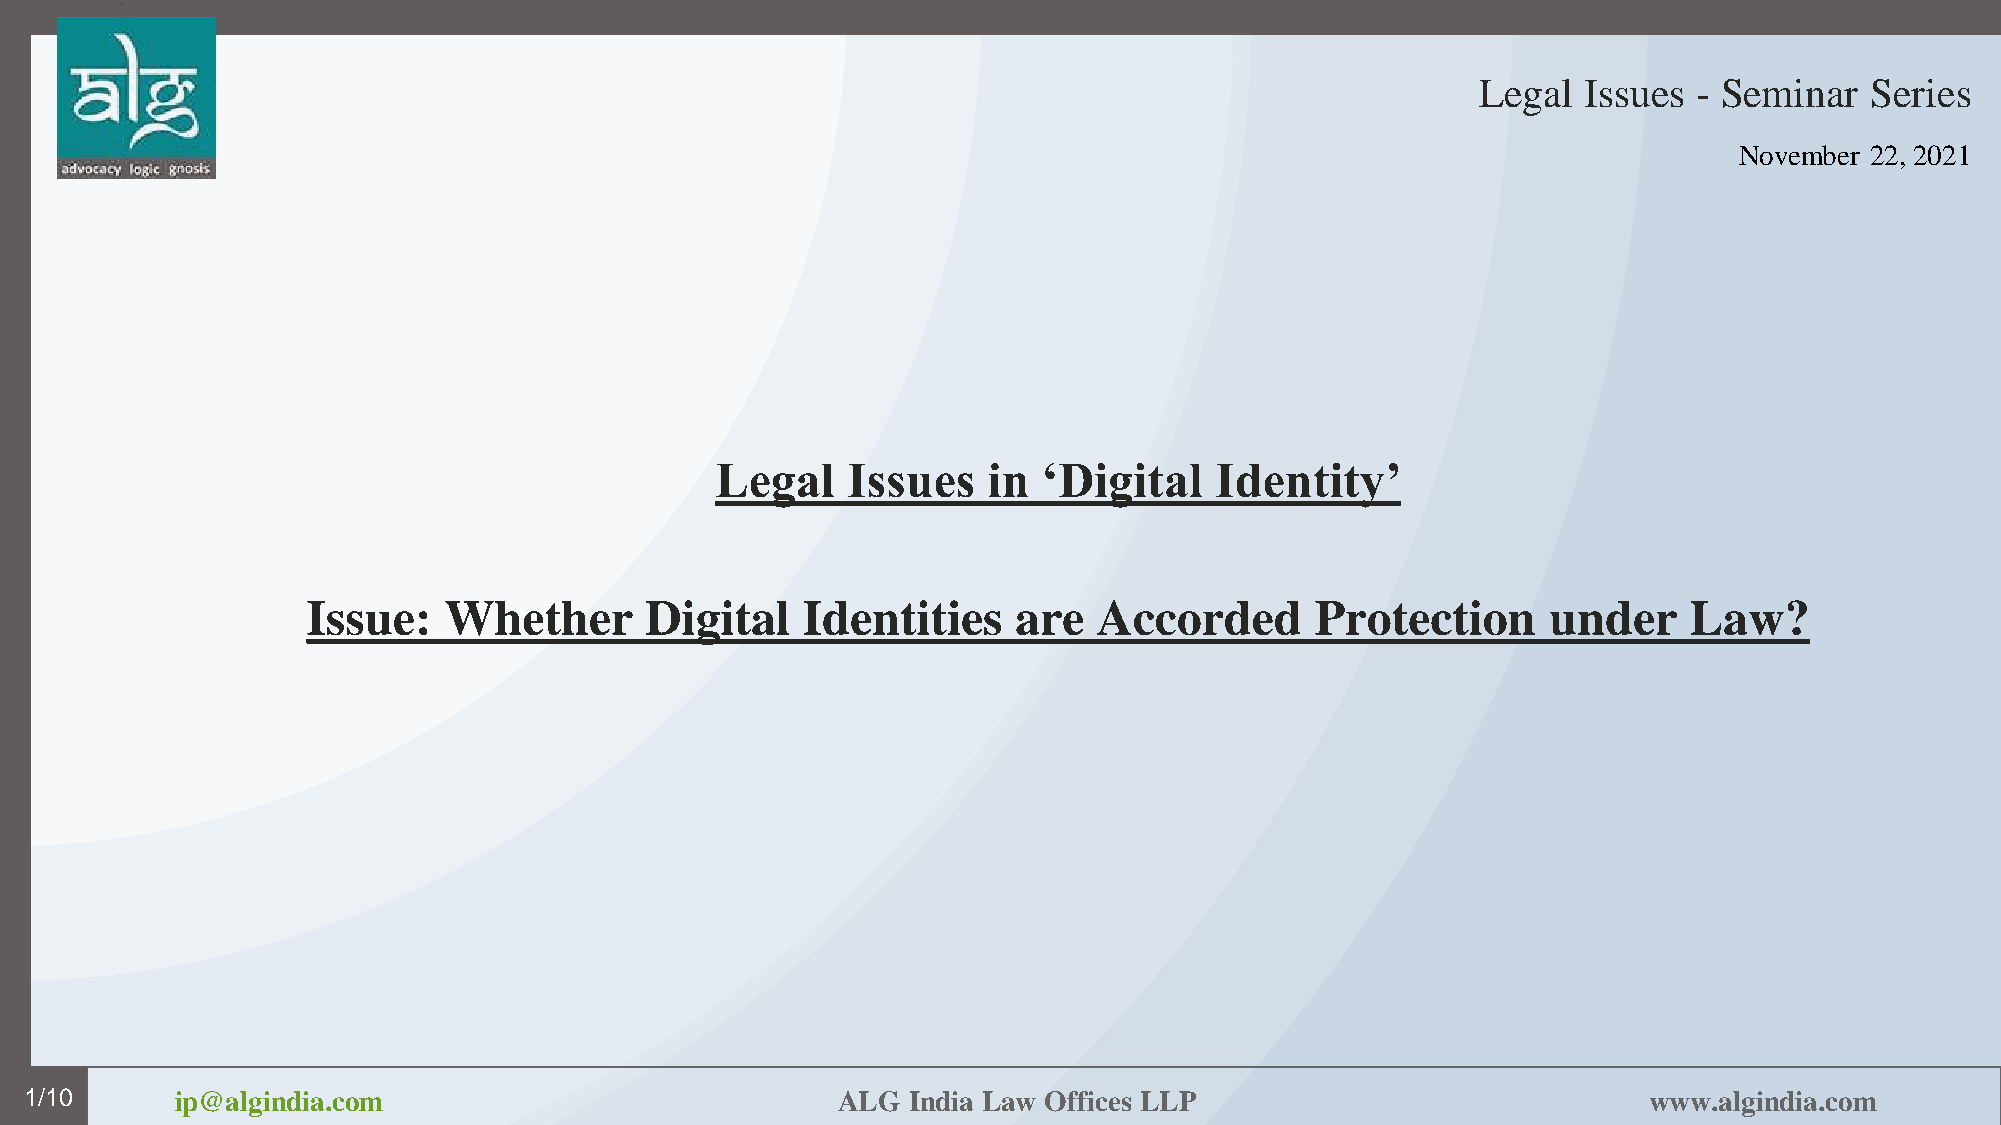
Legal  Issues - Seminar   Series
 November 22, 2021
 Legal    Issues   in  ‘Digital   Identity’
 Issue:   Whether       Digital   Identities    are   Accorded      Protection      under    Law?
 1/10      ip@algindia.com                            ALG  India Law Offices LLP                            www.algindia.com